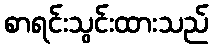
စာရင်းသွင်းထားသည်